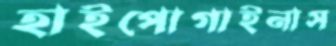
হাইপোগাইনাস